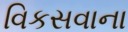
વિકસવાના